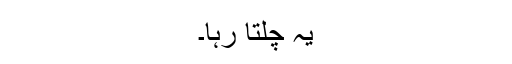
یہ چلتا رہا۔